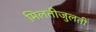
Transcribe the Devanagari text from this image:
मिलतीजुलती